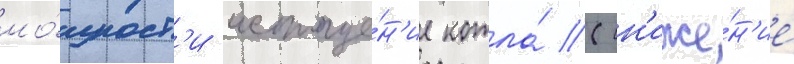
мо́щност'и истоще́н'ие котла́ (сн'иже́н'ие